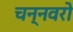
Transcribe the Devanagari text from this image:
चन्नवरो